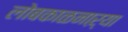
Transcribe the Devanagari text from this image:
लोबकाळनाऱ्या